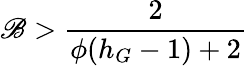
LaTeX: \mathscr{B}>\frac{{2}}{{\phi(h_{G}-1)+2}}